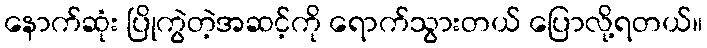
နောက်ဆုံး ပြိုကွဲတဲ့အဆင့်ကို ရောက်သွားတယ် ပြောလို့ရတယ်။